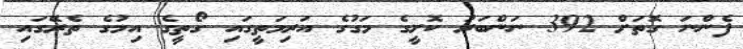
ފެންނަ ގޮތަށް 392 ނަންބަރު ކޮށީގެ މަގުގެ އަރިމަތީގައި ގޯތީގެ އިމުގެ ތެރޭގައި